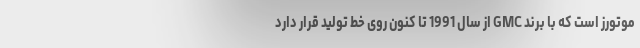
موتورز است که با برند GMC از سال 1991 تا کنون روی خط تولید قرار دارد